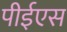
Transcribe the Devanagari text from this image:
पीईएस